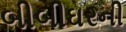
બીબીઘરની